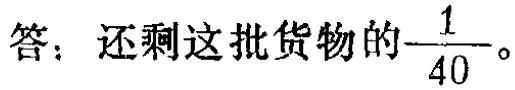
答：还剩这批货物的$\dfrac{1}{40}$。